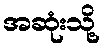
အဆုံးသို့